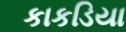
કાકડિયા